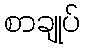
စာချုပ်